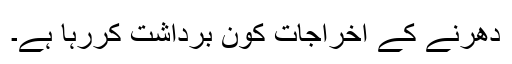
دھرنے کے اخراجات کون برداشت کررہا ہے۔